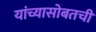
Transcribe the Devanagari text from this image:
यांच्यासोबतची